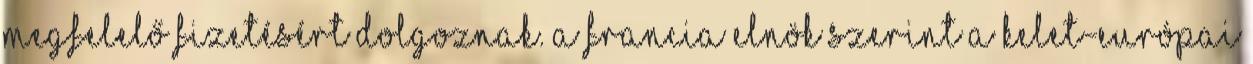
megfelelő fizetésért dolgoznak. A francia elnök szerint a kelet-európai